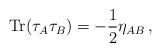
LaTeX: \begin{align*}{\mathrm{Tr}}(\tau_A\tau_B) = -\frac 12 \eta_{AB}\,,\end{align*}